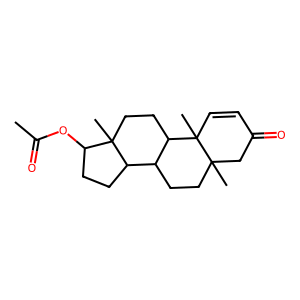
SMILES: CC(=O)OC1CCC2C3CCC4(C)CC(=O)C=CC4(C)C3CCC12C
Inhibits HIV replication: No